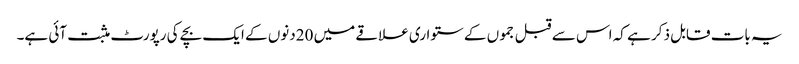
یہ بات قابل ذکر ہے کہ اس سے قبل جموں کے ستواری علاقے میں 20دنوں کے ایک بچے کی رپورٹ مثبت آئی ہے۔